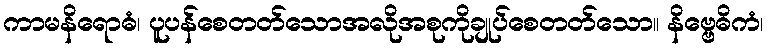
ကာမနိရောဓံ၊ ပူပန်စေတတ်သောအလိုအစုကိုချုပ်စေတတ်သော။ နိဗ္ဗေဓိကံ၊